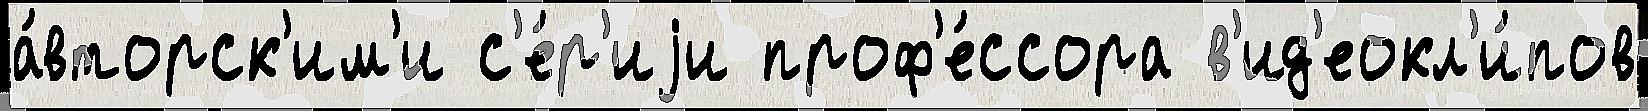
а́вторск'им'и с'е́р'иjи проф'е́ссора в'ид'еокл'и́пов